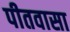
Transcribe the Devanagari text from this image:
पीतवासा